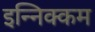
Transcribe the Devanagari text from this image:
इन्निक्कम